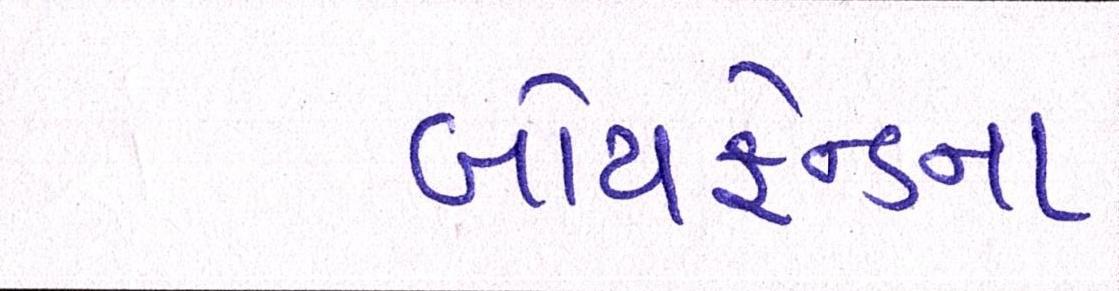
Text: બોયફ્રેન્ડના